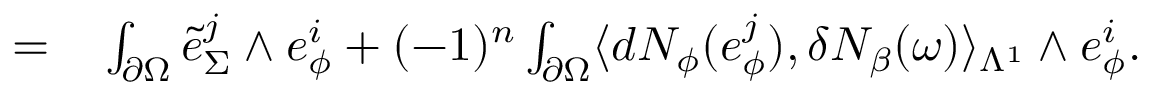
\begin{array} { r l } { = } & { { } \int _ { \partial \Omega } \tilde { e } _ { \Sigma } ^ { j } \wedge e _ { \phi } ^ { i } + ( - 1 ) ^ { n } \int _ { \partial \Omega } \langle d N _ { \phi } ( e _ { \phi } ^ { j } ) , \delta N _ { \beta } ( \omega ) \rangle _ { \Lambda ^ { 1 } } \wedge e _ { \phi } ^ { i } . } \end{array}